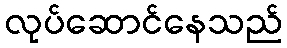
လုပ်ဆောင်နေသည်